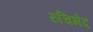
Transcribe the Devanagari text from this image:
रुचिभेद